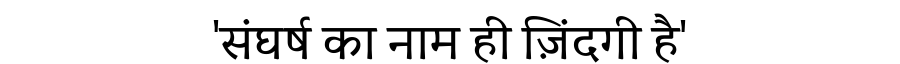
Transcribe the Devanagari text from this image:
'संघर्ष का नाम ही ज़िंदगी है'